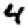
Digit: 4